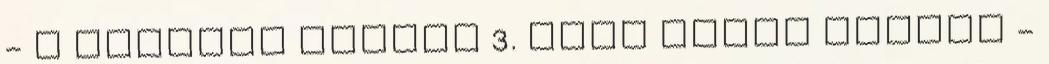
- A Pingvin Ruhája 3. Rész Linux Alapok -